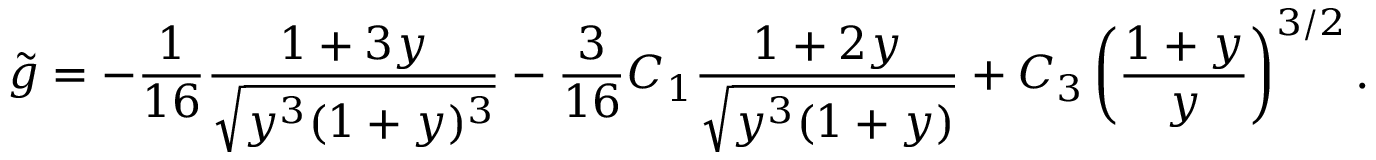
{ \tilde { g } } = - \frac { 1 } { 1 6 } \frac { 1 + 3 y } { \sqrt { y ^ { 3 } ( 1 + y ) ^ { 3 } } } - \frac { 3 } { 1 6 } C _ { 1 } \frac { 1 + 2 y } { \sqrt { y ^ { 3 } ( 1 + y ) } } + C _ { 3 } \left( \frac { 1 + y } { y } \right) ^ { 3 / 2 } .